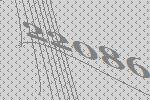
22086